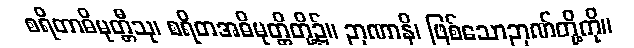
စရိတာဓိမုတ္တီသု၊ စရိတအဓိမုတ္တိတို့၌။ ဉာဏာနိ၊ ဖြစ်သောဉာဏ်တို့ကို။